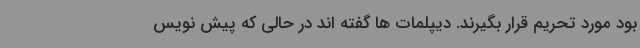
بود مورد تحریم قرار بگیرند. دیپلمات ها گفته اند در حالی که پیش نویس